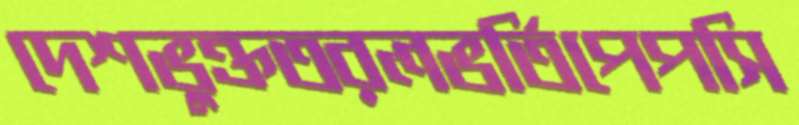
দেশভুক্ততরলভর্তিপেপসি